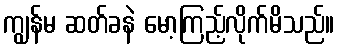
ကျွန်မ ဆတ်ခနဲ မော့ကြည့်လိုက်မိသည်။